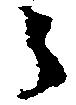
々